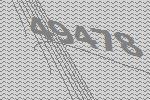
49478